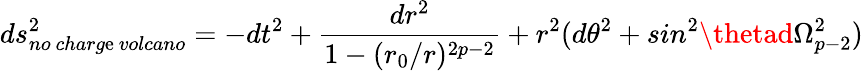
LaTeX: ds_{no\ charg\mathrm{e}\ volcano}^{2}=-dt^{2}+\frac{{dr^{2}}}{{1-(r_{0}/r)^{2p-2}}}+r^{2}(d\theta^{2}+sin^{2}\thetad\Omega_{p-2}^{2})